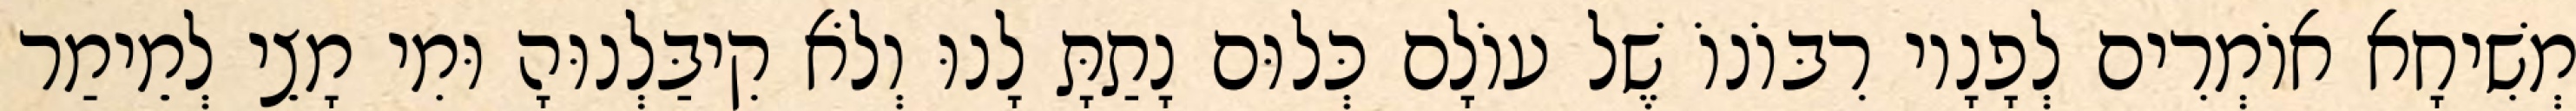
מְשִׁיחָא אוֹמְרִים לְפָנָיו רִבּוֹנוֹ שֶׁל עוֹלָם כְּלוּם נָתַתָּ לָנוּ וְלֹא קִיבַּלְנוּהָ וּמִי מָצֵי לְמֵימַר